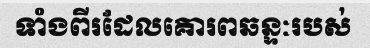
ទាំងពីរដែលគោរពឆន្ទៈរបស់